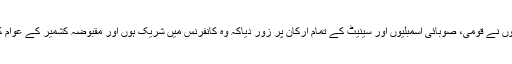
پیر کو سینیٹ سیکرٹریٹ کے مطابق انہوں نے قومی، صوبائی اسمبلیوں اور سینیٹ کے تمام ارکان پر زور دیاکہ وہ کانفرنس میں شریک ہوں اور مقبوضہ کشمیر کے عوام کے ساتھ بھرپور یکجہتی کا اظہار کریں۔